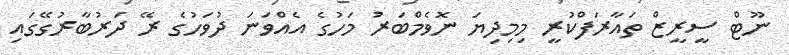
ނޫޓް ސީރީޒް ތައާރަފްކުރީ މިމިދިޔަ ނޮވެމްބަރު މަހުގެ އެއްވަނަ ދުވަހުގެ ރޭ ދަރުބާރުގޭގައި